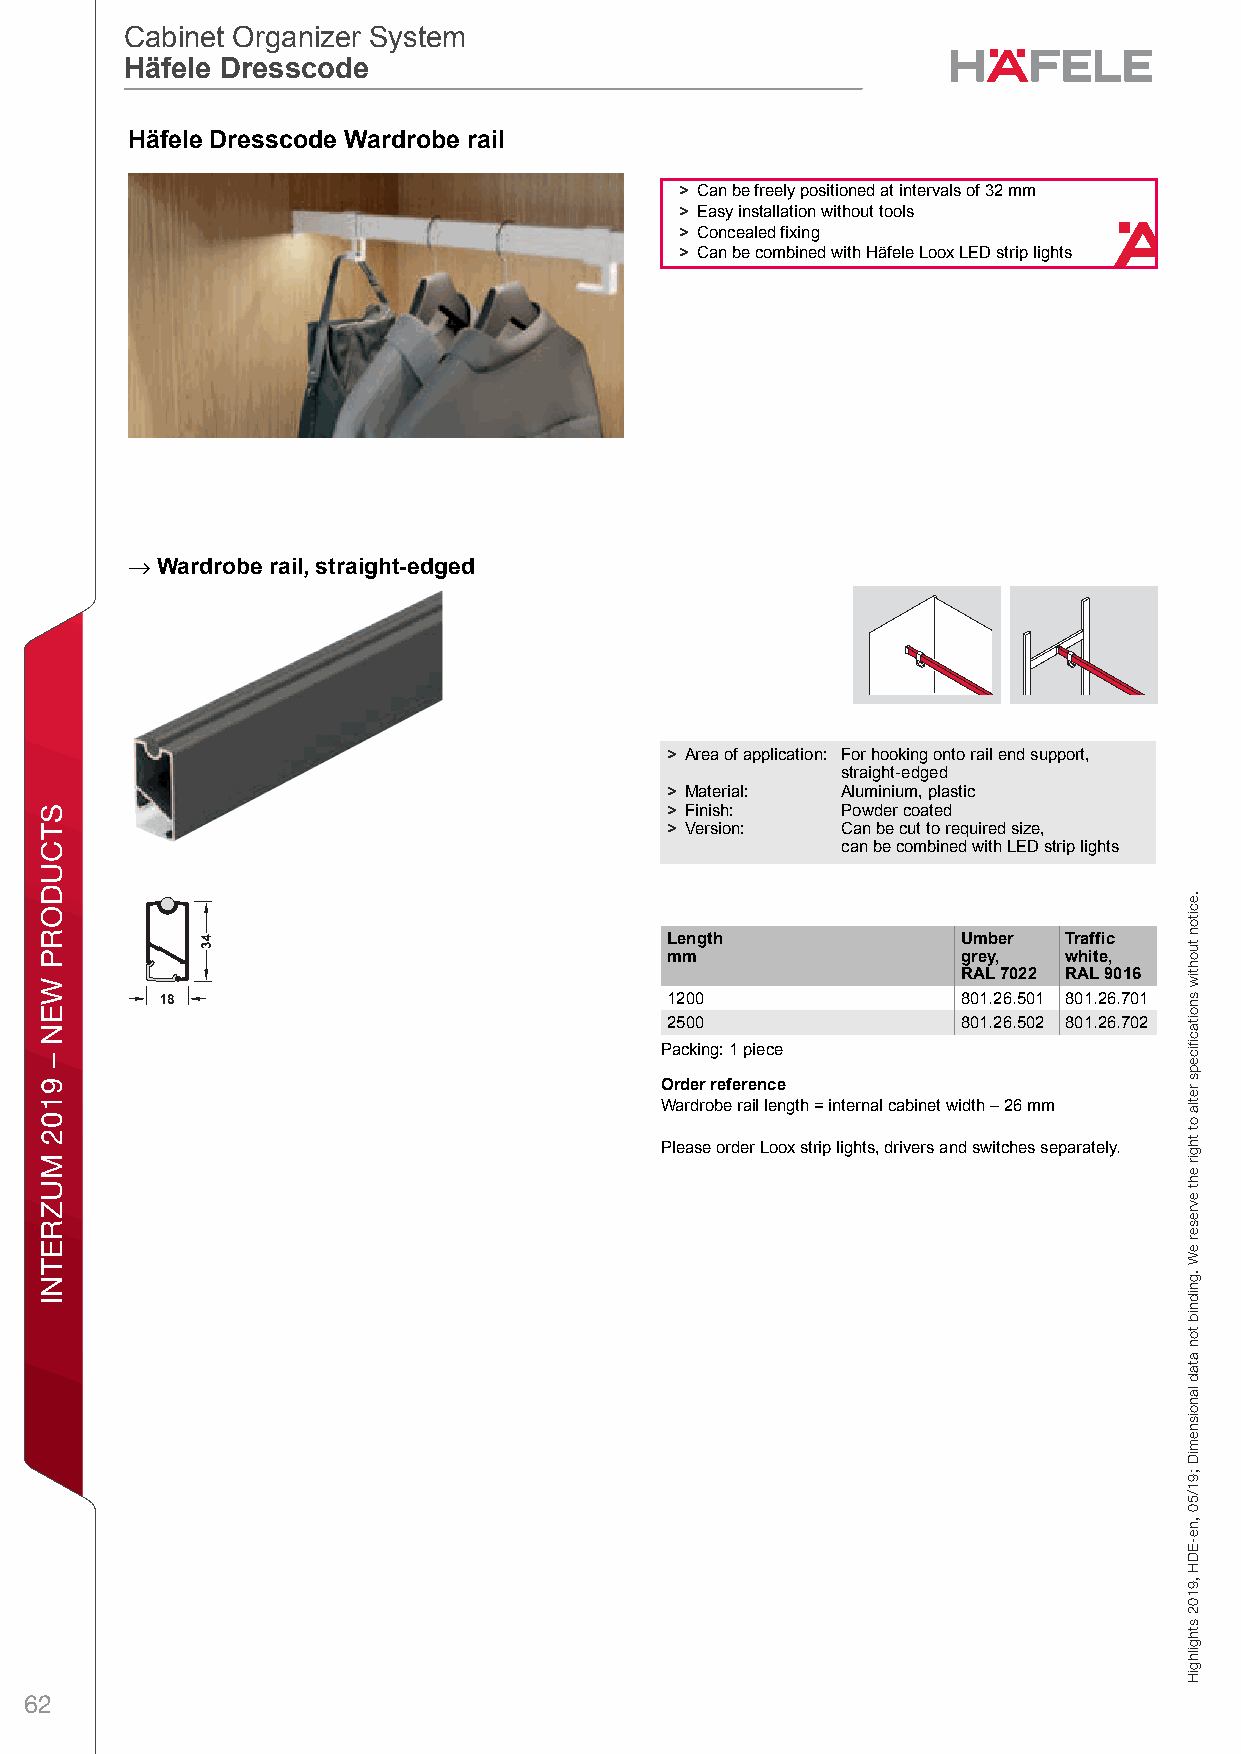
Cabinet Organizer System
 Cabinet Organizer System
 Häfele Dresscode
 Häfele Dresscode
 WHardrobeä Fittingsf ande Accessloriees, Ward robDesCabinert Orgeanizer SsystemHsäfele Dcresscodoe – / Pldanning aend Con struWctionDimensaional darta nodt bindingr. Weo reserveb the righet to alter spercificaations wiitholut notice.
 > Can be freely positioned at intervals of 32 mm
 > Easy installation without tools
 > Concealed fixing
 > Can be combined with Häfele Loox LED strip lights
 →
 Wardrobe rail, straight-edged
 8                                        > Area of application: For hooking onto rail end support,
 straight-edged
 > Material: Aluminium, plastic
 > Finish:   Powder coated
 > Version:  Can be cut to required size,
 can be combined with LED strip lights
 Length              Umber Traffic
 mm                  grey, white,
 RAL 7022 RAL 9016
 1200                801.26.501 801.26.701
 2500                801.26.502 801.26.702
 Packing: 1 piece
 Order reference
 Wardrobe rail length = internal cabinet width – 26 mm
 Please order Loox strip lights, drivers and switches separately.
 62
 STCUDORP
 WEN
 –
 9102
 MUZRETNI
 sebordraW
 ,seirosseccA
 dna
 sgnittiF
 ebordraW
 .eciton
 tuohtiw
 snoitacfiiceps
 retla
 ot
 thgir
 eht
 evreser
 eW
 .gnidnib
 ton
 atad
 lanoisnemiD
 ;91/50
 ,ne-EDH
 ,9102
 sthgilhgiH